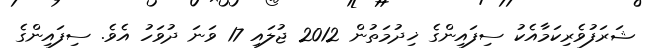
ޝަރަފުވެރިކަމާއެކު ސިފައިންގެ ޚިދުމަތުން 2012 ޖުލައި 17 ވަނަ ދުވަހު އެވެ. ސިފައިންގެ